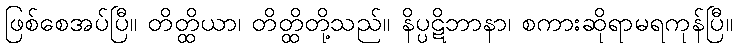
ဖြစ်စေအပ်ပြီ။ တိတ္ထိယာ၊ တိတ္ထိတို့သည်။ နိပ္ပဋိဘာနာ၊ စကားဆိုရာမရကုန်ပြီ။